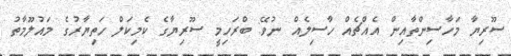
ސޫރިޔާ މަހާސިންތާއިން އެއްޗެއް ހާސިލެއް ނުވޭ: ބްރަހިމީ ސޫރިޔާގެ ކެމިކަލް ހަތިޔާރުގެ މައުލޫމާތު